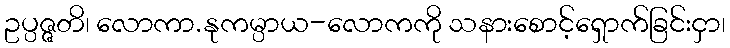
ဥပ္ပဇ္ဇတိ၊ လောကာ.နုကမ္ပာယ-လောကကို သနားစောင့်ရှောက်ခြင်းငှာ၊